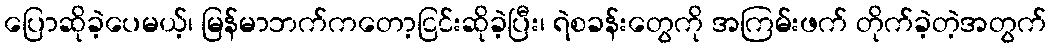
ပြောဆိုခဲ့ပေမယ့်၊ မြန်မာဘက်ကတော့ငြင်းဆိုခဲ့ပြီး၊ ရဲစခန်းတွေကို အကြမ်းဖက် တိုက်ခဲ့တဲ့အတွက်